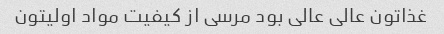
غذاتون عالی عالی بود مرسی از کیفیت مواد اولیتون